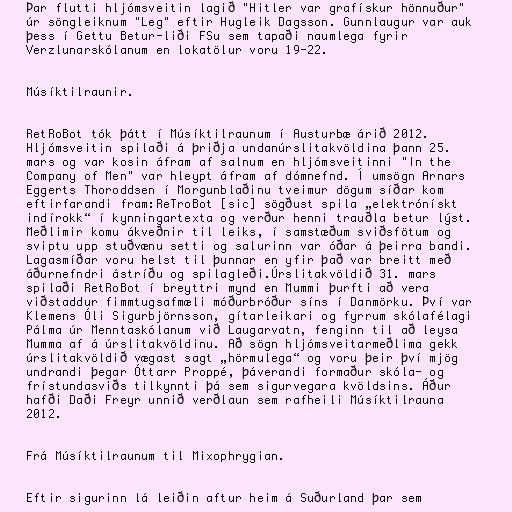
Þar flutti hljómsveitin lagið "Hitler var grafískur hönnuður"
úr söngleiknum "Leg" eftir Hugleik Dagsson. Gunnlaugur var auk
þess í Gettu Betur-liði FSu sem tapaði naumlega fyrir
Verzlunarskólanum en lokatölur voru 19-22.

Músíktilraunir.

RetRoBot tók þátt í Músíktilraunum í Austurbæ árið 2012.
Hljómsveitin spilaði á þriðja undanúrslitakvöldina þann 25.
mars og var kosin áfram af salnum en hljómsveitinni "In the
Company of Men" var hleypt áfram af dómnefnd. Í umsögn Arnars
Eggerts Thoroddsen í Morgunblaðinu tveimur dögum síðar kom
eftirfarandi fram:ReTroBot [sic] sögðust spila „elektrónískt
indírokk“ í kynningartexta og verður henni trauðla betur lýst.
Meðlimir komu ákveðnir til leiks, í samstæðum sviðsfötum og
sviptu upp stuðvænu setti og salurinn var óðar á þeirra bandi.
Lagasmíðar voru helst til þunnar en yfir það var breitt með
áðurnefndri ástríðu og spilagleði.Úrslitakvöldið 31. mars
spilaði RetRoBot í breyttri mynd en Mummi þurfti að vera
viðstaddur fimmtugsafmæli móðurbróður síns í Danmörku. Því var
Klemens Óli Sigurbjörnsson, gítarleikari og fyrrum skólafélagi
Pálma úr Menntaskólanum við Laugarvatn, fenginn til að leysa
Mumma af á úrslitakvöldinu. Að sögn hljómsveitarmeðlima gekk
úrslitakvöldið vægast sagt „hörmulega“ og voru þeir því mjög
undrandi þegar Óttarr Proppé, þáverandi formaður skóla- og
frístundasviðs tilkynnti þá sem sigurvegara kvöldsins. Áður
hafði Daði Freyr unnið verðlaun sem rafheili Músíktilrauna
2012.

Frá Músíktilraunum til Mixophrygian.

Eftir sigurinn lá leiðin aftur heim á Suðurland þar sem